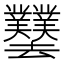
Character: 𫨱